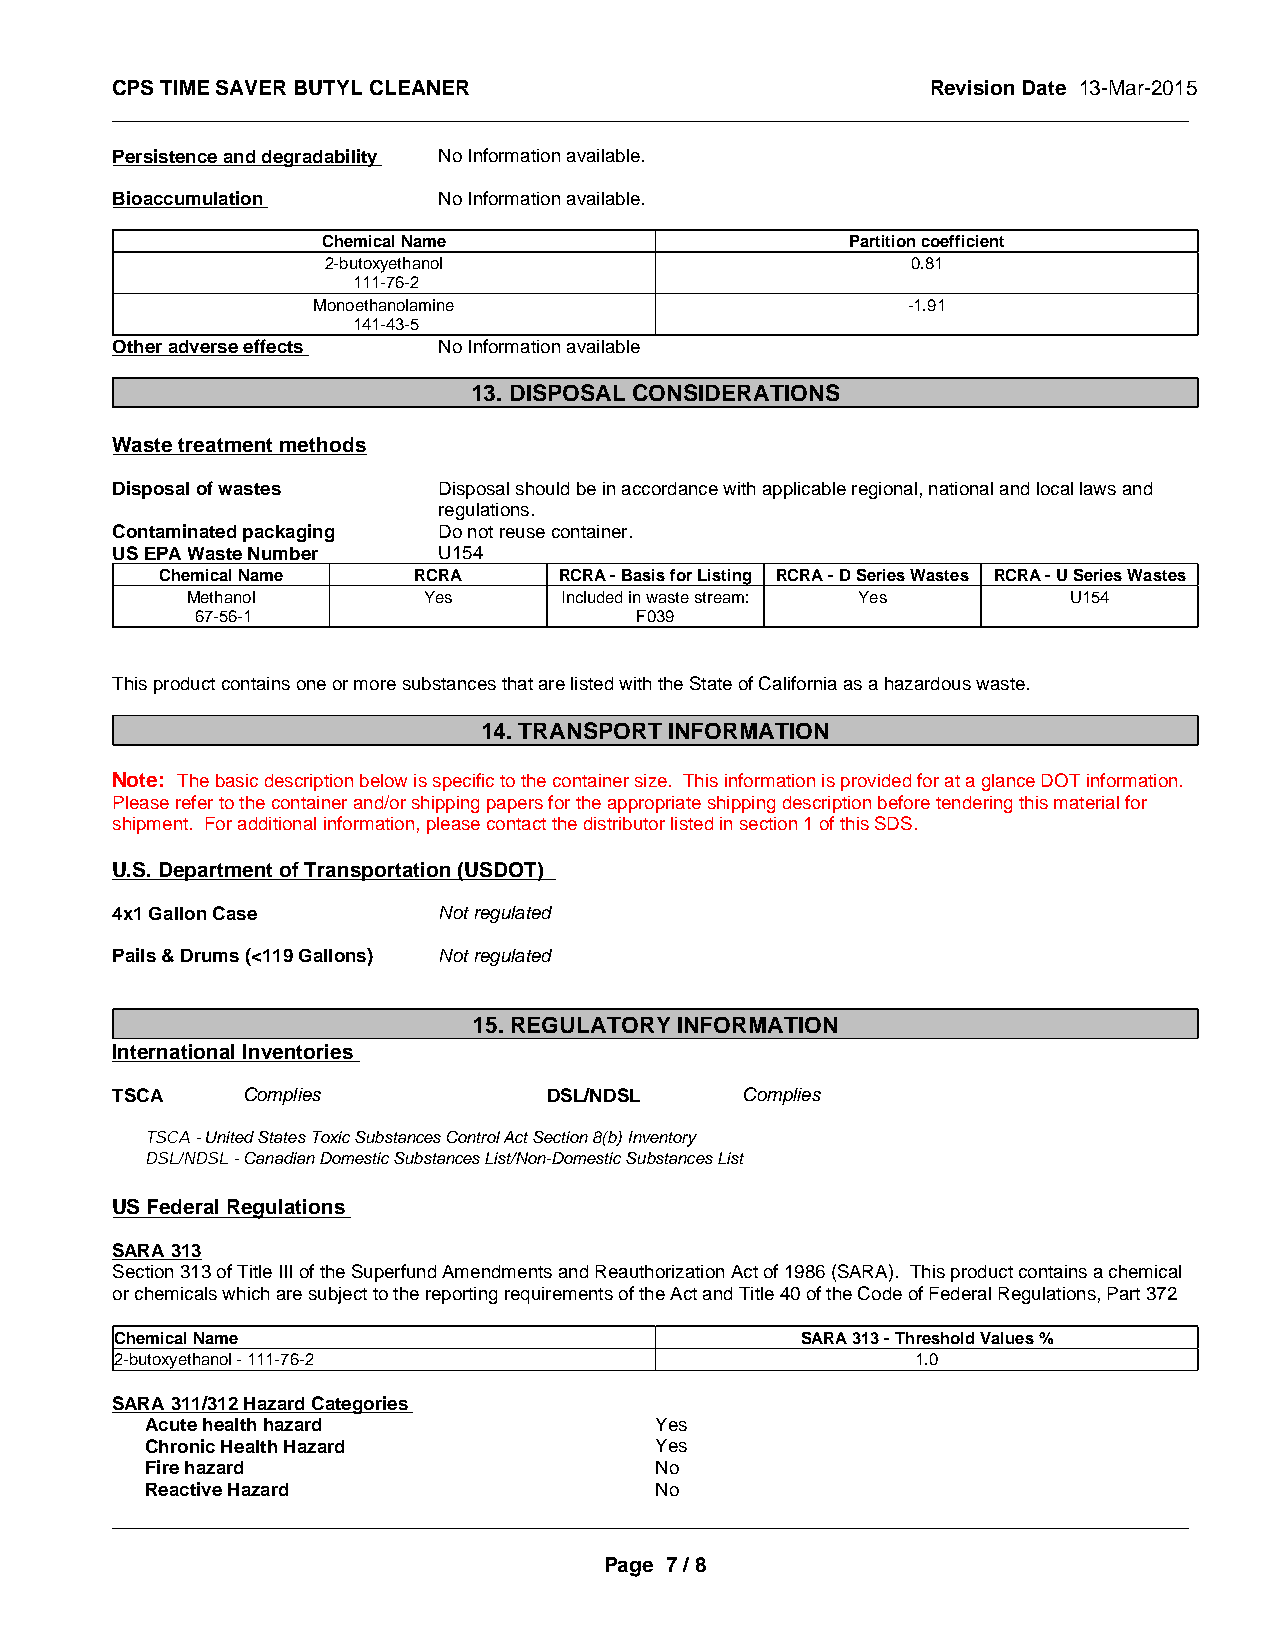
CPS TIME SAVER BUTYL CLEANER                           Revision Date 13-Mar-2015
 _____________________________________________________________________________________________
 Persistence and degradability No Information available.
 Bioaccumulation       No Information available.
 Chemical Name                      Partition coefficient
 2-butoxyethanol                        0.81
 111-76-2
 Monoethanolamine                       -1.91
 141-43-5
 Other adverse effects No Information available
 13. DISPOSAL CONSIDERATIONS
 Waste treatment methods
 Disposal of wastes    Disposal should be in accordance with applicable regional, national and local laws and
 regulations.
 Contaminated packaging Do not reuse container.
 US EPA Waste Number   U154
 Chemical Name   RCRA      RCRA - Basis for Listing RCRA - D Series Wastes RCRA - U Series Wastes
 Methanol        Yes      Included in waste stream: Yes     U154
 67-56-1                      F039
 This product contains one or more substances that are listed with the State of California as a hazardous waste.
 14. TRANSPORT INFORMATION
 Note: The basic description below is specific to the container size. This information is provided for at a glance DOT information.
 Please refer to the container and/or shipping papers for the appropriate shipping description before tendering this material for
 shipment. For additional information, please contact the distributor listed in section 1 of this SDS.
 U.S. Department of Transportation (USDOT)
 4x1 Gallon Case       Not regulated
 Pails & Drums (<119 Gallons) Not regulated
 15. REGULATORY INFORMATION
 International Inventories
 TSCA     Complies            DSL/NDSL     Complies
 TSCA - United States Toxic Substances Control Act Section 8(b) Inventory
 DSL/NDSL - Canadian Domestic Substances List/Non-Domestic Substances List
 US Federal Regulations
 SARA 313
 Section 313 of Title III of the Superfund Amendments and Reauthorization Act of 1986 (SARA). This product contains a chemical
 or chemicals which are subject to the reporting requirements of the Act and Title 40 of the Code of Federal Regulations, Part 372
 Chemical Name                                SARA 313 - Threshold Values %
 2-butoxyethanol - 111-76-2                           1.0
 SARA 311/312 Hazard Categories
 Acute health hazard              Yes
 Chronic Health Hazard            Yes
 Fire hazard                      No
 Reactive Hazard                  No
 _____________________________________________________________________________________________
 Page 7 / 8